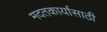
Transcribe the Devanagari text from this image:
मदतकार्यासाठी